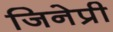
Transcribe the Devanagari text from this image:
जिनेप्री